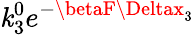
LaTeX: \mathit{k}_{3}^{0}e^{-\betaF\Deltax_{3}}